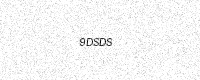
Text: 9DSDS